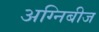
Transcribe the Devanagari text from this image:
अग्निबीज